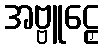
အဗ္ဗူဠှေ